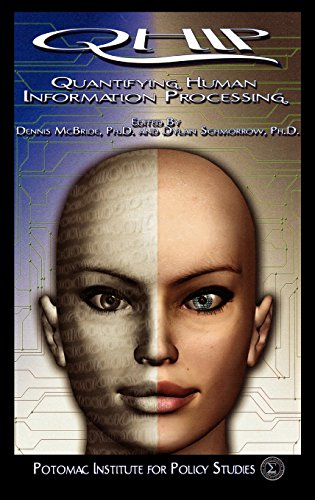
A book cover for Quantifying Human Information Processing (Potomac Institute for Policy Studies); Medical Books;